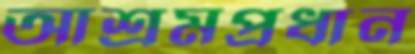
আশ্রমপ্রধান